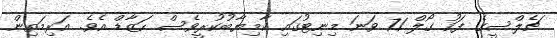
ޗެލްސީގެ ފަހު ގޯލް 71 ވަނަ މިނިޓުގައި ކާމިޔާބުކުރީވެސް ހަޒާޑް އެވެ. އަރިމަތިން